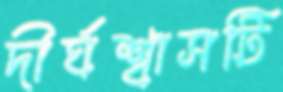
দীর্ঘশ্বাসটি